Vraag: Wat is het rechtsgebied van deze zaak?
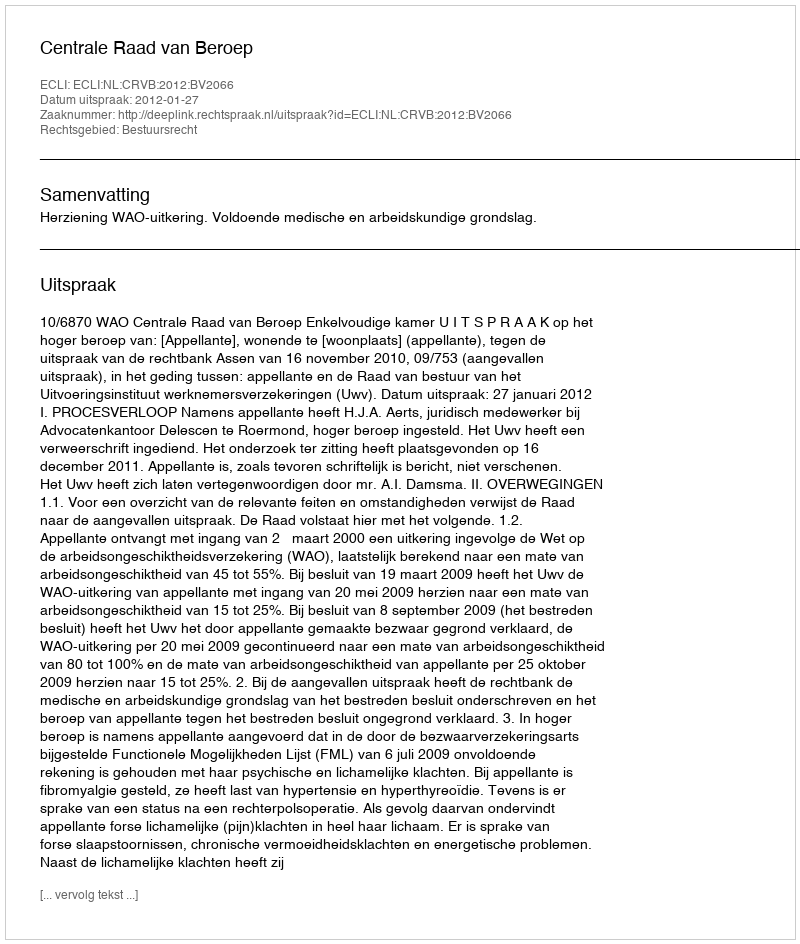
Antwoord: Bestuursrecht